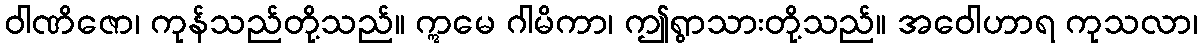
ဝါဏိဇော၊ ကုန်သည်တို့သည်။ ဣမေ ဂါမိကာ၊ ဤရွာသားတို့သည်။ အဝေါဟာရ ကုသလာ၊